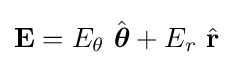
\mathbf {E} =E_{\theta }\ {\hat {\boldsymbol {\theta }}}+E_{r}\ {\hat {\mathbf {r} }}